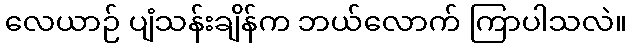
လေယာဉ် ပျံသန်းချိန်က ဘယ်လောက် ကြာပါသလဲ။